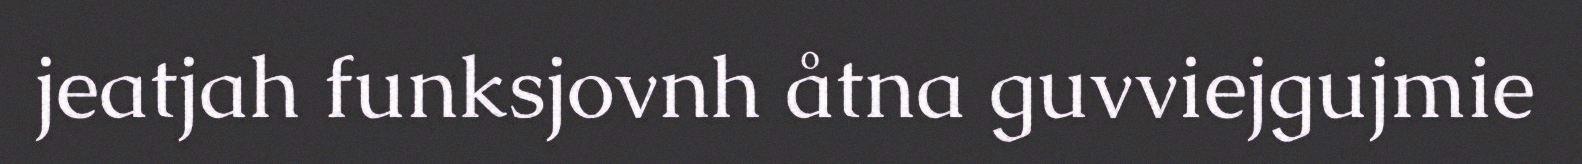
jeatjah funksjovnh åtna guvviejgujmie